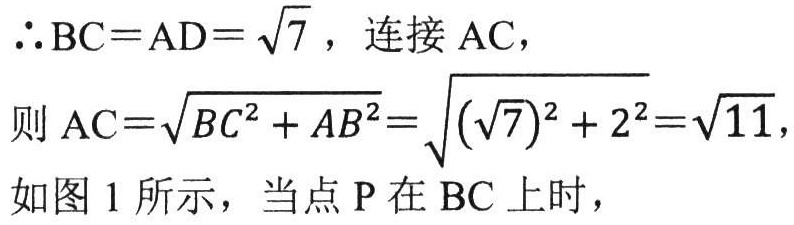
$\therefore BC = AD = \sqrt{7}$，连接 AC，
则$AC = \sqrt{BC^{2}+AB^{2}}=\sqrt{(\sqrt{7})^{2}+2^{2}}=\sqrt{11}$，
如图 1 所示，当点 P 在 BC 上时，